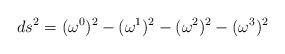
LaTeX: \begin{align*}ds^{2}=({\omega}^{0})^{2}-({\omega}^{1})^{2}-({\omega}^{2})^{2}-({\omega}^{3})^{2}\end{align*}